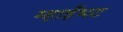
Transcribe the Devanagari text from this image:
म्हाईंभट